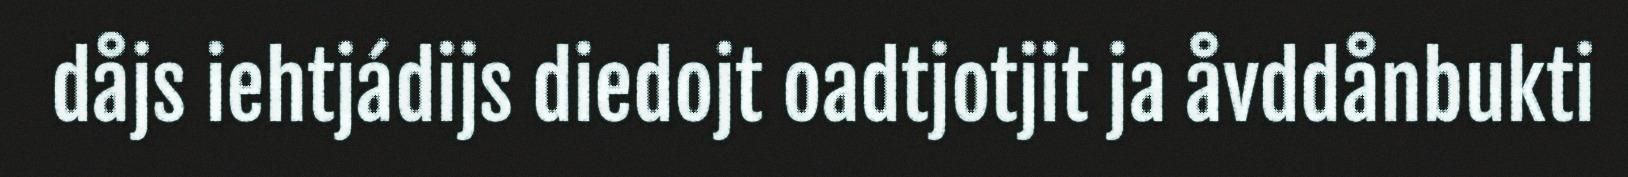
dåjs iehtjádijs diedojt oadtjotjit ja åvddånbukti